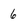
Character: 6